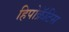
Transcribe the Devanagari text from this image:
हिपोक्रॅटिस